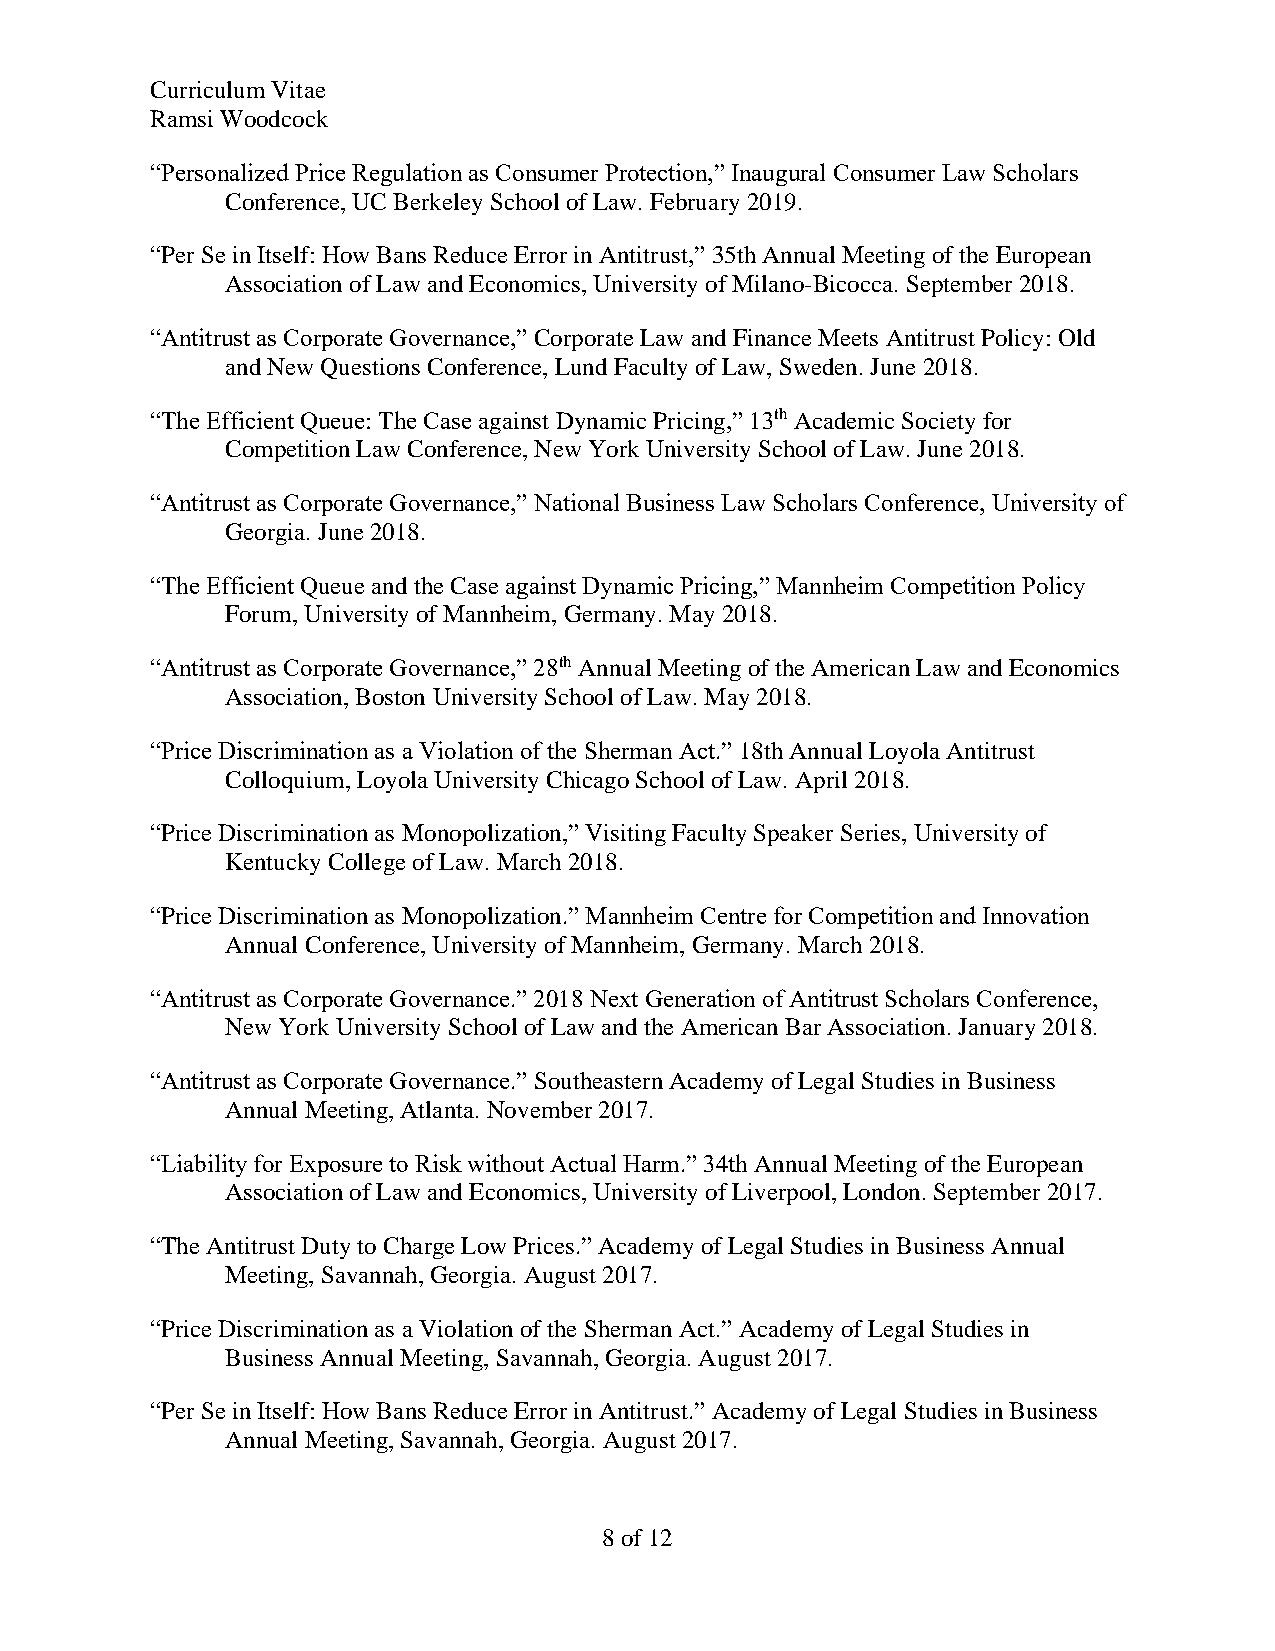
Curriculum Vitae
 Ramsi Woodcock
 “Personalized Price Regulation as Consumer Protection,” Inaugural Consumer Law Scholars
 Conference, UC Berkeley School of Law. February 2019.
 “Per Se in Itself: How Bans Reduce Error in Antitrust,” 35th Annual Meeting of the European
 Association of Law and Economics, University of Milano-Bicocca. September 2018.
 “Antitrust as Corporate Governance,” Corporate Law and Finance Meets Antitrust Policy: Old
 and New Questions Conference, Lund Faculty of Law, Sweden. June 2018.
 “The Efficient Queue: The Case against Dynamic Pricing,” 13th Academic Society for
 Competition Law Conference, New York University School of Law. June 2018.
 “Antitrust as Corporate Governance,” National Business Law Scholars Conference, University of
 Georgia. June 2018.
 “The Efficient Queue and the Case against Dynamic Pricing,” Mannheim Competition Policy
 Forum, University of Mannheim, Germany. May 2018.
 “Antitrust as Corporate Governance,” 28th Annual Meeting of the American Law and Economics
 Association, Boston University School of Law. May 2018.
 “Price Discrimination as a Violation of the Sherman Act.” 18th Annual Loyola Antitrust
 Colloquium, Loyola University Chicago School of Law. April 2018.
 “Price Discrimination as Monopolization,” Visiting Faculty Speaker Series, University of
 Kentucky College of Law. March 2018.
 “Price Discrimination as Monopolization.” Mannheim Centre for Competition and Innovation
 Annual Conference, University of Mannheim, Germany. March 2018.
 “Antitrust as Corporate Governance.” 2018 Next Generation of Antitrust Scholars Conference,
 New York University School of Law and the American Bar Association. January 2018.
 “Antitrust as Corporate Governance.” Southeastern Academy of Legal Studies in Business
 Annual Meeting, Atlanta. November 2017.
 “Liability for Exposure to Risk without Actual Harm.” 34th Annual Meeting of the European
 Association of Law and Economics, University of Liverpool, London. September 2017.
 “The Antitrust Duty to Charge Low Prices.” Academy of Legal Studies in Business Annual
 Meeting, Savannah, Georgia. August 2017.
 “Price Discrimination as a Violation of the Sherman Act.” Academy of Legal Studies in
 Business Annual Meeting, Savannah, Georgia. August 2017.
 “Per Se in Itself: How Bans Reduce Error in Antitrust.” Academy of Legal Studies in Business
 Annual Meeting, Savannah, Georgia. August 2017.
 8 of 12